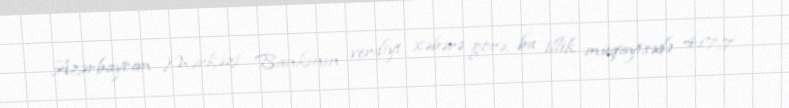
Azərbaycan Mərkəzi Bankının verdiyi xəbərə görə, bu illik müqayisədə 417,7